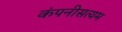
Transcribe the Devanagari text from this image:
कंपनीसत्यम